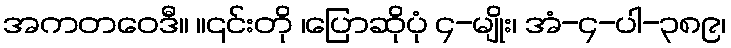
အကတဝေဒီ။ ။၎င်းတို ၊ပြောဆိုပုံ ၄-မျိုး၊ အံ-၄-ပါ-၃၈၉၊